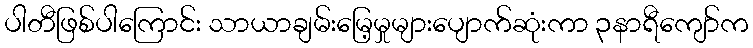
ပါတီဖြစ်ပါကြောင်း သာယာချမ်းမြေ့မှုများပျောက်ဆုံးကာ ၃နာရီကျော်က